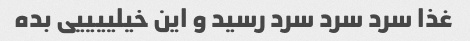
غذا سرد سرد سرد رسید و این خیلییییی بده